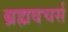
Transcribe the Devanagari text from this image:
ब्रह्मवचर्स